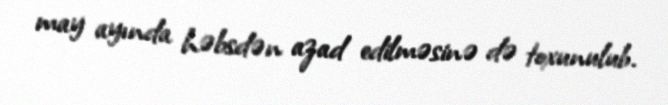
may ayında həbsdən azad edilməsinə də toxunulub.